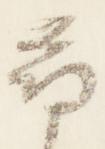
尋